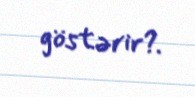
göstərir?.